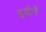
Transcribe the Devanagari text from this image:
इवोर्न